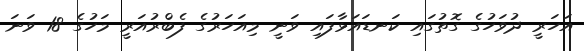
އަހަރީ ދުވަހުގެ ގޮތުގައި ކަނޑައަޅާފައި ވަނީ މިއަހަރުގެ ފެބްރުއަރީ މަހުގެ 18 ވަނަ